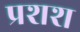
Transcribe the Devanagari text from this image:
प्रशश